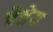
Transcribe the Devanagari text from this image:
चैत्रेय